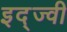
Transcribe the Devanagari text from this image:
इद्ज्वी